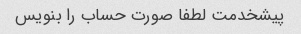
پیشخدمت لطفا صورت حساب را بنویس